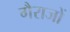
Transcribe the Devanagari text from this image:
गैराजों